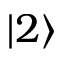
| 2 \rangle